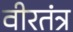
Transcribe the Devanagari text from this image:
वीरतंत्र